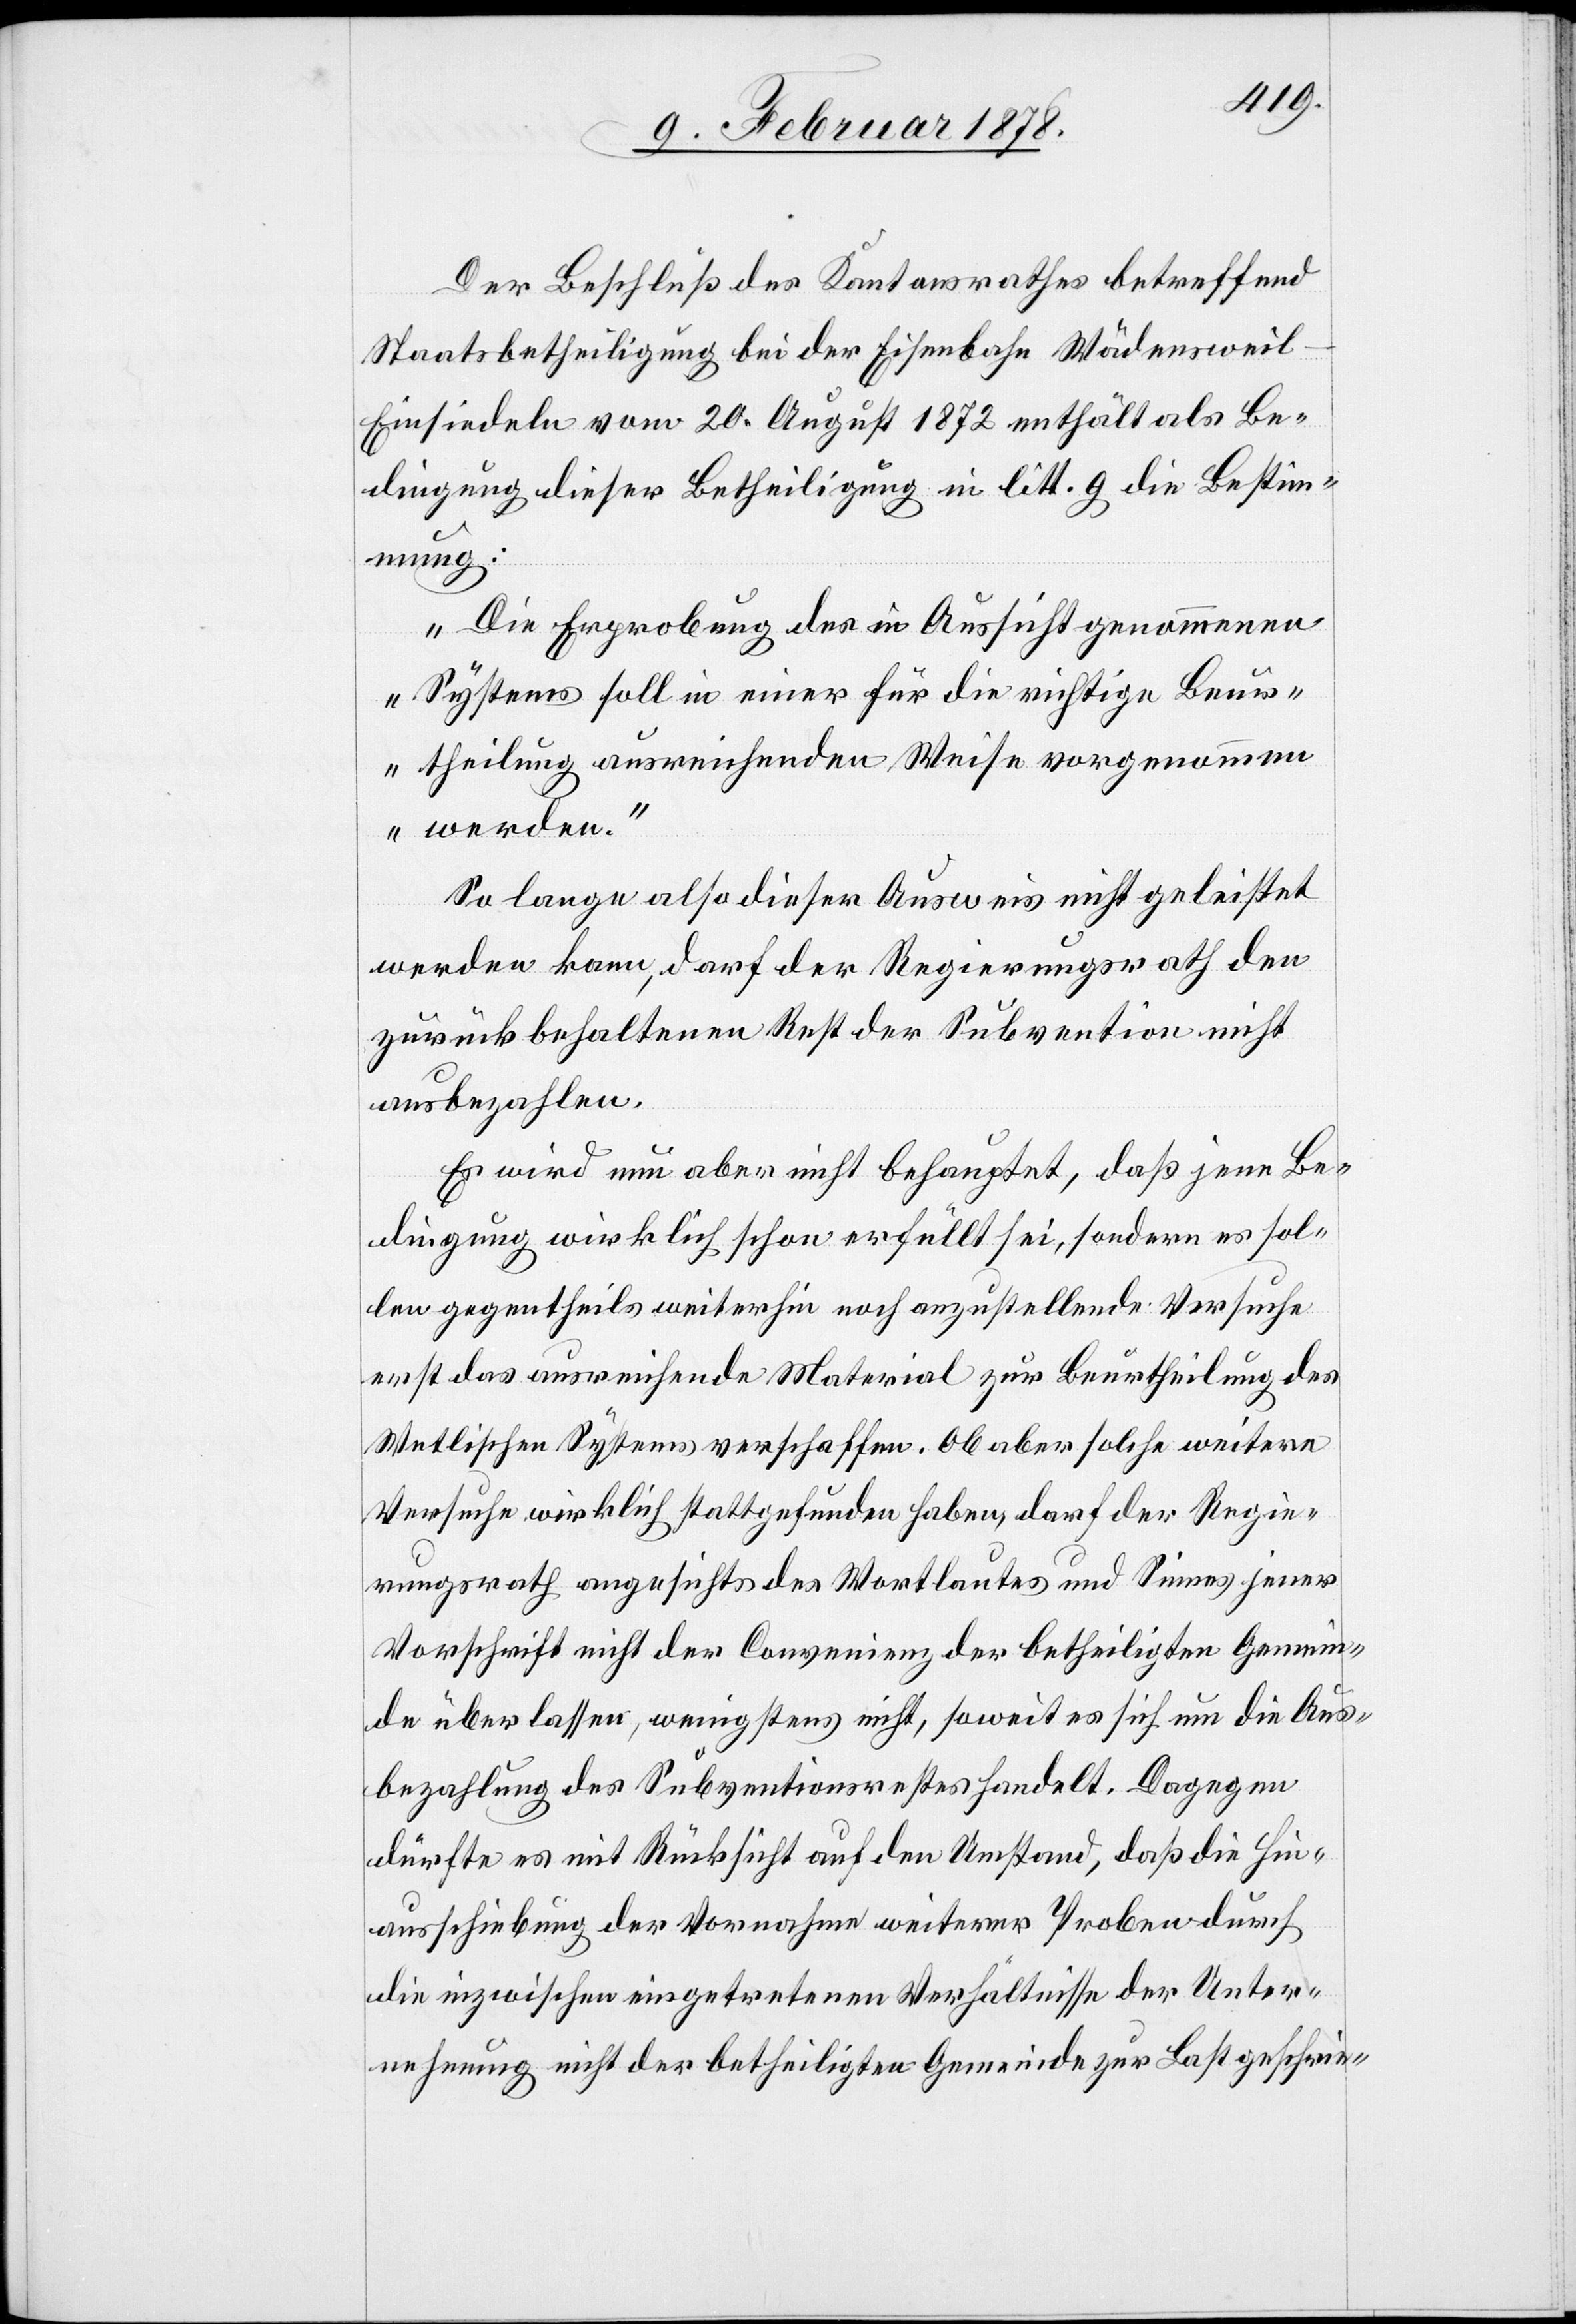
Der Beschluß des Kantonsrathes betreffend
Staatsbetheiligung bei der Eisenbahn Wädensweil–E¬
insiedeln vom 20. August 1872 enthält als Be¬
dingung dieser Betheiligung in litt. g die Bestimm¬
ung:
„Die Erprobung des in Aussicht genommenen
Systems soll in einer für die richtige Beur¬
theilung ausreichenden Weise vorgenomme¬
n werden.“
So lange also dieser Ausweis nicht geleistet
werden kann, darf der Regierungsrath den
zurückbehaltenen Rest der Subvention nicht
ausbezahlen.
Es wird nun aber nicht behauptet, daß jene Be¬
dingung wirklich schon erfüllt sei, sondern es sol¬
len gegentheils weiterhin noch anzustellende Versuche
erst das ausreichende Material zur Beurtheilung des
Wetlischen Systems verschaffen. Ob aber solche weitern
Versuche wirklich stattgefunden haben, darf der Regie¬
rungsrath angesichts des Wortlautes und Sinnes jener
Vorschrift nicht der Convenienz der betheiligten Gemein¬
de überlassen, wenigstens nicht, soweit es sich um die Aus¬
bezahlung des Subventionsrestes handelt. Dagegen
dürfte es mit Rücksicht auf den Umstand, daß die Hin¬
ausschiebung der Vornahme weiterer Proben durch
die inzwischen eingetretenen Verhältnisse der Unter¬
nehmung nicht der betheiligten Gemeinde zur Last geschrie-